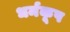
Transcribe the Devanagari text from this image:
धर्मकूप